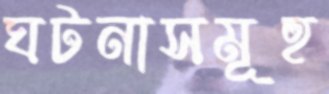
ঘটনাসমূহ